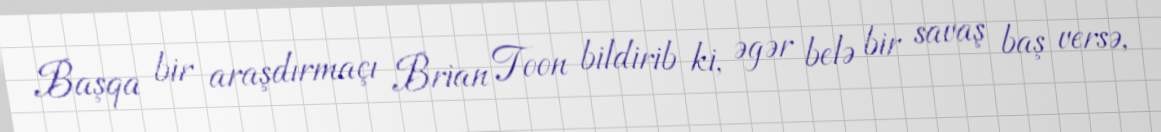
Başqa bir araşdırmaçı Brian Toon bildirib ki, əgər belə bir savaş baş versə,